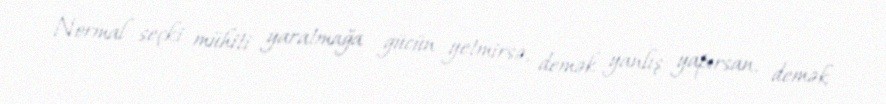
Normal seçki mühiti yaratmağa gücün yetmirsə, demək yanlış yapırsan, demək